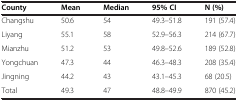
| County | Mean | Median | 95% CI | N (%) |
 | --- | --- | --- | --- | --- |
 | Changshu | 50.6 | 54 | 49.3–51.8 | 191 (57.4) |
 | Liyang | 55.1 | 58 | 52.9–56.3 | 214 (67.7) |
 | Mianzhu | 51.2 | 53 | 49.8–52.6 | 189 (52.8) |
 | Yongchuan | 47.3 | 44 | 46.3–48.3 | 208 (35.4) |
 | Jingning | 44.2 | 43 | 43.1–45.3 | 68 (20.5) |
 | Total | 49.3 | 47 | 48.8–49.9 | 870 (45.2) |